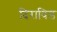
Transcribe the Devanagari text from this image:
दिराविड